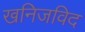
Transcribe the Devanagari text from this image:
खनिजविद